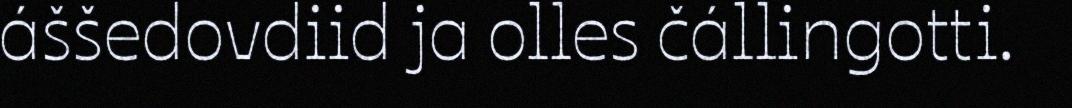
áššedovdiid ja olles čállingotti.